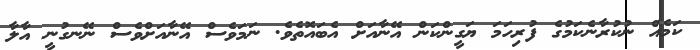
ކަމެއް ނުކުރާނެކަމުގެ ފުރިހަމަ ޔަގީންކަން އޭނާއަށް އެބައޮތެވެ. ނަމަވެސް އޭނާއަށްވެސް ނޭނގުނީ އާލާ